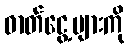
ဓာတ်ငွေ့များကို